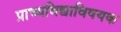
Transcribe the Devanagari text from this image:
प्राच्यविद्याविषयक